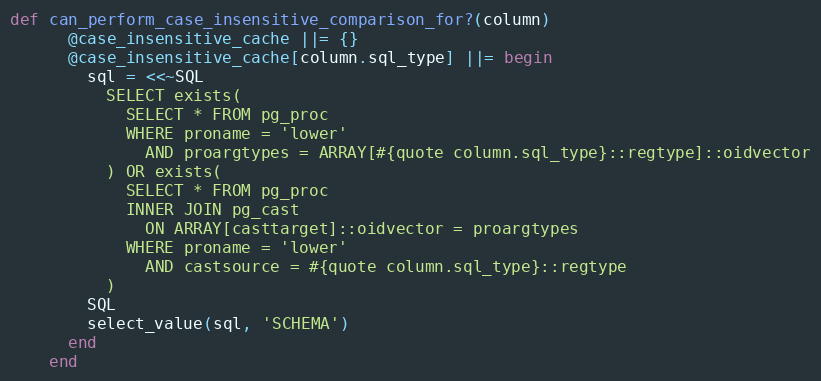
Language: Ruby
def can_perform_case_insensitive_comparison_for?(column)
      @case_insensitive_cache ||= {}
      @case_insensitive_cache[column.sql_type] ||= begin
        sql = <<~SQL
          SELECT exists(
            SELECT * FROM pg_proc
            WHERE proname = 'lower'
              AND proargtypes = ARRAY[#{quote column.sql_type}::regtype]::oidvector
          ) OR exists(
            SELECT * FROM pg_proc
            INNER JOIN pg_cast
              ON ARRAY[casttarget]::oidvector = proargtypes
            WHERE proname = 'lower'
              AND castsource = #{quote column.sql_type}::regtype
          )
        SQL
        select_value(sql, 'SCHEMA')
      end
    end